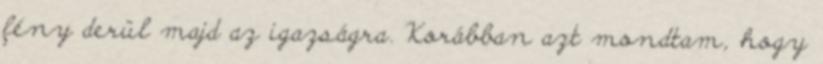
fény derül majd az igazságra. Korábban azt mondtam, hogy